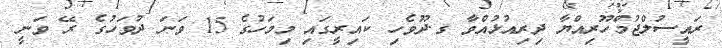
ރައީސުލްޖުމްހޫރިއްޔާ ދިރިއުޅުއްވާ ގ.ދޫވެހި ކައިރީގައި މިމަހުގެ 15 ވަނަ ދުވަހުގެ ރޭ ވަނީ